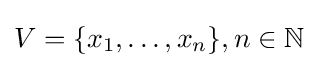
V=\{x_{1},\dots ,x_{n}\},n\in \mathbb {N}